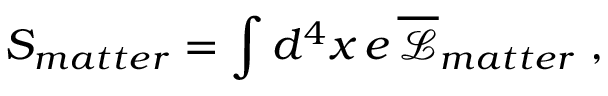
S _ { m a t t e r } = \int d ^ { 4 } x \, e \, \overline { { \mathcal { L } } } _ { m a t t e r } \; ,